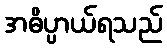
အဓိပ္ပာယ်ရသည်